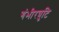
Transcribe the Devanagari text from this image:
गंभीरत्रुटि